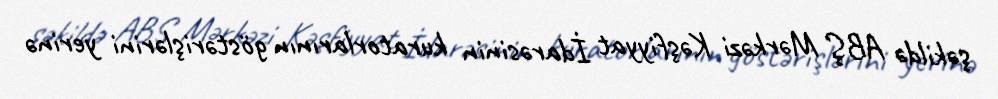
şəkildə ABŞ Mərkəzi Kəşfiyyat İdarəsinin kuratorlarının göstərişlərini yerinə